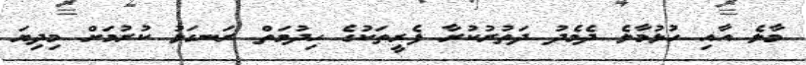
މާލެ އާއި ހުޅުމާލެ ދެމެދު ދަތުރުކުރާ ފެރީތަކުގެ ހިދުމަތް ރަނގަޅު ކުރުމަށް މިދިޔަ